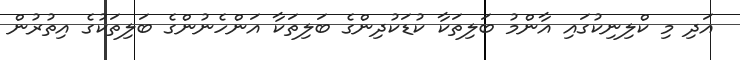
އަދި މި ކްލިނިކުގައި އާންމު ބަލިތަކާ ކުޑަކުދިންގެ ބަލިތަކާ އަންހެނުންގެ ބަލިތަކުގެ އިތުރުން